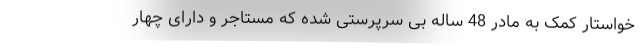
خواستار کمک به مادر 48 ساله بی سرپرستی شده که مستاجر و دارای چهار